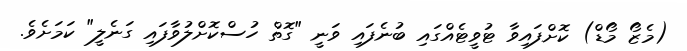
(މެޒޯ މޯޑް) ކޮށްފައިވާ ޓުވީޓެއްގައި ބުނެފައި ވަނީ "ގޮތް ހުސްކޮށްލުވާފައި ގަނެލީ" ކަމަށެވެ.